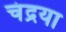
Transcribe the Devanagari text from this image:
चंद्रया